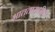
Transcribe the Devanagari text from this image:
भाततामधील